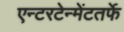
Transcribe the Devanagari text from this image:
एन्टरटेन्मेंटतर्फे